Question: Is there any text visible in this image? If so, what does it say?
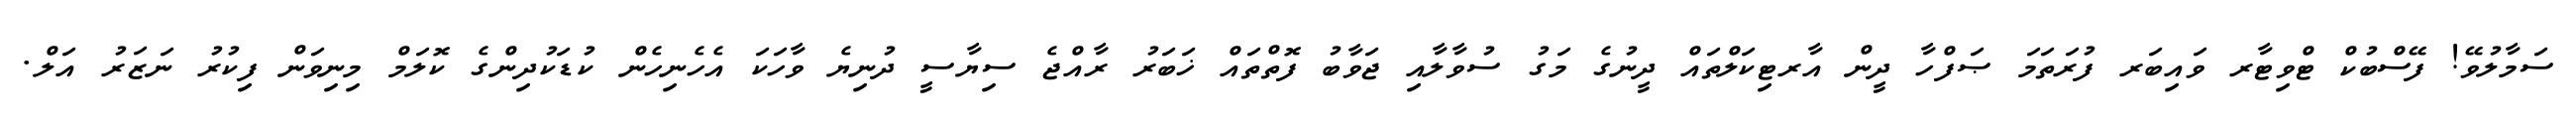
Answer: ސަމާލުވޭ! ފޭސްބުކް ޓްވިޓާރ ވައިބަރ ފުރަތަމަ ޞަފްހާ ދީން އާރޓިކަލްތައް ދީނުގެ މަގު ސުވާލާއި ޖަވާބު ފޮތްތައް ޚަބަރު ރާއްޖެ ސިޔާސީ ދުނިޔެ ވާހަކަ އެހެނިހެން ކުޑަކުދިންގެ ކޮލަމް މިނިވަން ފިކުރު ނަޒަރު އަލް.